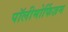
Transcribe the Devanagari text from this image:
पॉलीमोर्फिज़म